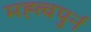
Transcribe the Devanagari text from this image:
मह्त्वपुर्न